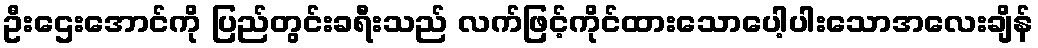
ဦးဌေးအောင်ကို ပြည်တွင်းခရီးသည် လက်ဖြင့်ကိုင်ထားသောပေါ့ပါးသောအလေးချိန်